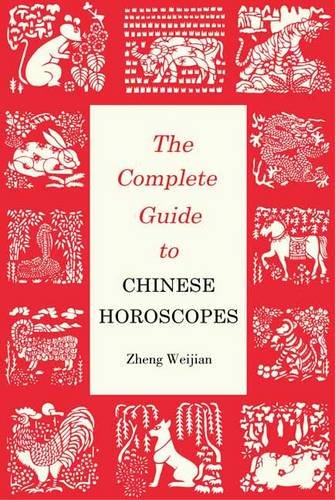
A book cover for The Complete Guide to Chinese Horoscopes: First Edition (Contemporary Writers); Zheng Weijian; Religion & Spirituality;